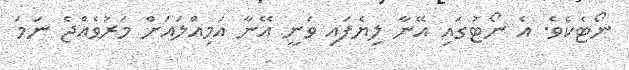
ނޯޓެެކެވެ. އެ ނޯޓުގައި އޭނާ ލިޔެފައި ވަނީ އޭނާ އަމިއްލަައަށް މަރުވެއްޖެ ނަމަ